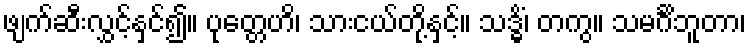
ဖျက်ဆီးလွှင့်နှင်၍။ ပုတ္တေဟိ၊ သားငယ်တို့နှင့်။ သဒ္ဓိံ၊ တကွ။ သမင်္ဂိဘူတာ၊